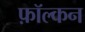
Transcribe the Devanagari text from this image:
फ़ॉल्कन